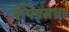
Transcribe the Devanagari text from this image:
रॅपिड्सचा